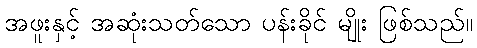
အဖူးနှင့် အဆုံးသတ်သော ပန်းခိုင် မျိုး ဖြစ်သည်။